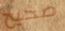
صحيح